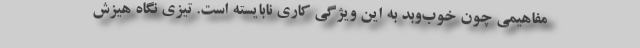
مفاهیمی چون خوب‌وبد به این ویژگی کاری نابایسته است. تیزی نگاه هیزش